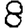
Digit: 8